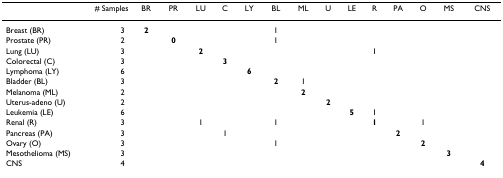
| <COLSPAN=2> # Samples | BR | PR | LU | C | LY | BL | ML | U | LE | R | PA | O | MS | CNS |
 | --- | --- | --- | --- | --- | --- | --- | --- | --- | --- | --- | --- | --- | --- | --- | --- |
 | Breast (BR) | 3 | 2 |  |  |  |  | 1 |  |  |  |  |  |  |  |  |
 | Prostate (PR) | 2 |  | 0 |  |  |  | 1 |  |  |  |  |  |  |  |  |
 | Lung (LU) | 3 |  |  | 2 |  |  |  |  |  |  | 1 |  |  |  |  |
 | Colorectal (C) | 3 |  |  |  | 3 |  |  |  |  |  |  |  |  |  |  |
 | Lymphoma (LY) | 6 |  |  |  |  | 6 |  |  |  |  |  |  |  |  |  |
 | Bladder (BL) | 3 |  |  |  |  |  | 2 | 1 |  |  |  |  |  |  |  |
 | Melanoma (ML) | 2 |  |  |  |  |  |  | 2 |  |  |  |  |  |  |  |
 | Uterus-adeno (U) | 2 |  |  |  |  |  |  |  | 2 |  |  |  |  |  |  |
 | Leukemia (LE) | 6 |  |  |  |  |  |  |  |  | 5 | 1 |  |  |  |  |
 | Renal (R) | 3 |  |  | 1 |  |  | 1 |  |  |  | 1 |  | 1 |  |  |
 | Pancreas (PA) | 3 |  |  |  | 1 |  |  |  |  |  |  | 2 |  |  |  |
 | Ovary (O) | 3 |  |  |  |  |  | 1 |  |  |  |  |  | 2 |  |  |
 | Mesothelioma (MS) | 3 |  |  |  |  |  |  |  |  |  |  |  |  | 3 |  |
 | CNS | 4 |  |  |  |  |  |  |  |  |  |  |  |  |  | 4 |